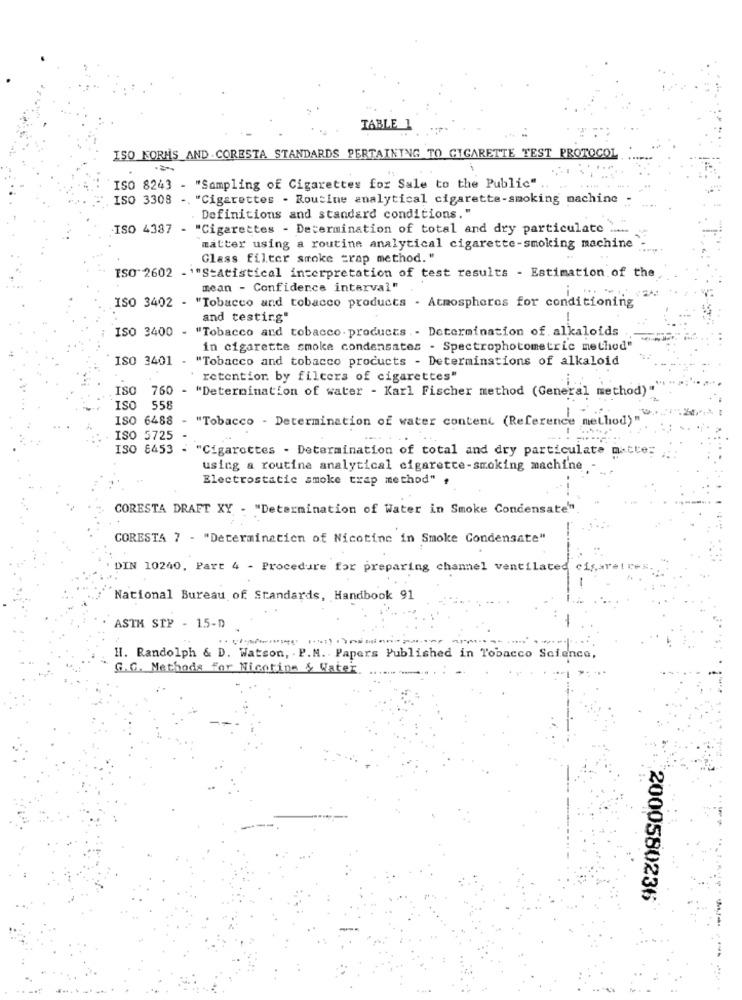
TABLE
ISO FORMS AND CORESTA STANDARDS PERTAINING TO CIGARETTE TEST PROTOCOL
ISO 8243 - "Sampling of Cigarettes for Sale to the Public"
ISO 3308 -, "Cigarettes - Routine analytical cigarette-smoking machine
. Definitions and standard conditions."
ISO 4337 - "Cigarettes - Determination of total and dry particulate .....
matter using a routine analytical cigarette-smoking machine
Glass filter smoke trap method."
ISO" 2602 - ""Statistical interpretation of test results - Estimation of the
mean - Confidence interval"
ISO 3402 - "Tobacco and tobacco products - Atmospheres for conditioning
and testing"
ISO 3400 -
"Tobacco and tobacco. products .- Determination of alkaloids
in cigarette smoke condensates - Spectrophotometric method"
ISO 3401 - "Tobacco and tobacco products - Determinations of alkaloid
retention by filters of cigarettes"
ISO 760 - "Determination of water - Karl Fischer method (General method)"
0 558
ISO 6488
- "Tobacco - Determination of water content (Reference method)"
ISO 5725
ISO 8453
"Cigarettes . Determination of total and dry particulate mitte:
using a routine analytical cigarette-smoking machine
Electrostatic smoke trap method" ,
CORESTA DRAFT XY - "Determination of Water in Smoke Condensate"
CORESTA 7 - "Determination of Nicotine in Smoke Condensate"
DIN 10240, Part 4 - Procedure for preparing channel ventilated cisaretres.
National Bureau of Standards, Handbook 91
ASTM STP - 15-D
H. Randolph & D. Watson, . P.M. Papers Published in Tobacco Science,
G.C. Methods For Nicotine & Water
2000580236